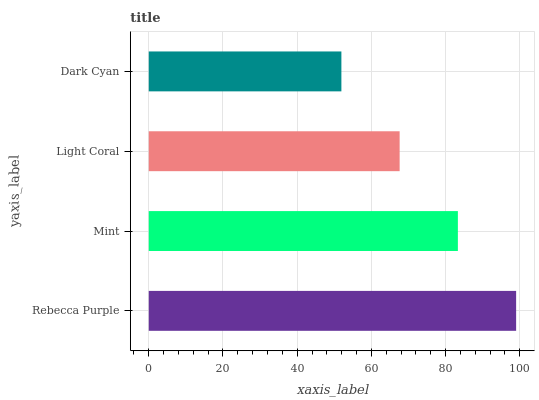
| yaxis_label | bars |
 | --- | --- |
 | Rebecca Purple | 99 |
 | Mint | 83.3 |
 | Light Coral | 67.6 |
 | Dark Cyan | 51.9 |